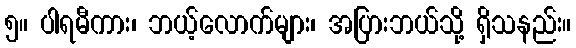
၅။ ပါရမီကား၊ ဘယ့်လောက်များ၊ အပြားဘယ်သို့ ရှိသနည်း။